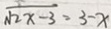
\sqrt { 2 x - 3 } = 3 - x